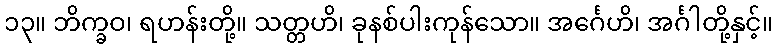
၁၃။ ဘိက္ခဝ၊ ရဟန်းတို့။ သတ္တဟိ၊ ခုနစ်ပါးကုန်သော။ အင်္ဂေဟိ၊ အင်္ဂါတို့နှင့်။